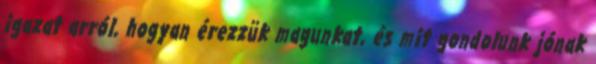
igazat arról, hogyan érezzük magunkat, és mit gondolunk jónak